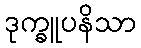
ဒုက္ခူပနိသာ